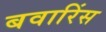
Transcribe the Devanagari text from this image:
बवारिंस